Civil Veterinary Department Bihar & Orissa reports 1911-21 - 1911-1921
Year: 1911
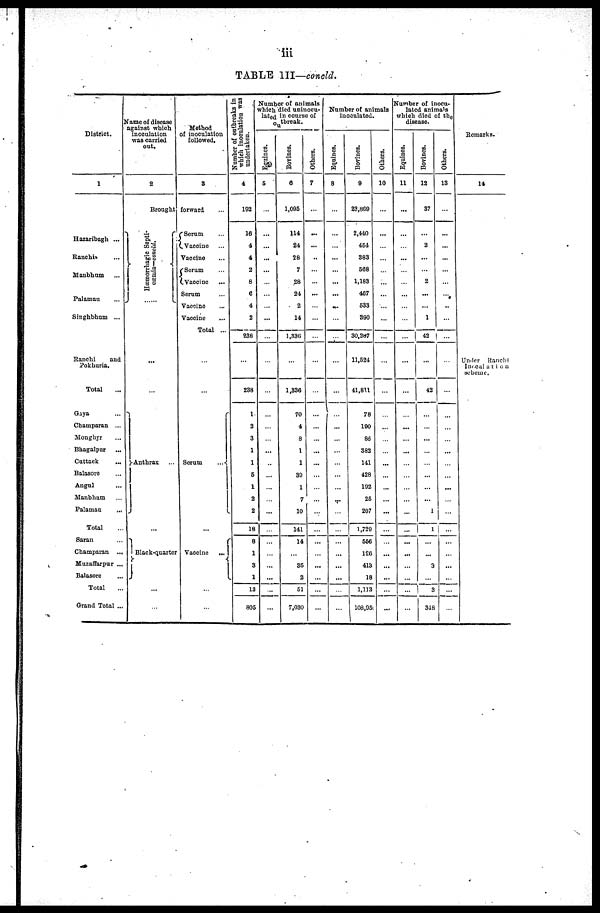
iii
TABLE III—concld.
District.
1
Hazaribagh ...
Ranchi»
Manbhum ...
Palaman ...
Singhbhum ...
Ranchi
and
Pokhuria.
Total ...
Gaya ...
Champaran ...
Monghyr ...
Bhagalpur ...
Cattack ...
Balasoroe ...
Angul ...
Manbhum ...
Palaman ...
Total ...
Saran ...
Champaran
...
Muzaffarpur ...
Balasore ...
Total ...
Grand Total ...
Name of disease
against which
inoculation
was carried
out.
2
Brought
Hæmorrhagic Septi-
.....
...
Anthrax ...
...
Black-quarter
...
...
Method
of inoculation
followed.
3
forward
Serum...
Vaccine ...
Vaccine ...
Serum ...
Vaccine ...
Vaccine ...
Vaccine
...
Serum
...
...
Vaccine
...
...
...
Number of outbreaks in
which inoculation was
undertaken.
4
192
16
4
4
9
8
6
4
2
238
...
238
1
2
3
1
1
6
1
2
2
18
8
1
3
1
13
805
Numb
which
lated
Equines.
5
...
...
...
...
...
...
...
...
...
...
...
...
...
...
...
...
...
...
...
...
...
...
...
...
...
...
...
...
or of ani
died un
in cours
tbreak.
Bovines.
6
1,095
114
24
28
7
28
24
2
14
1,336
...
1,330
70
4
8
1
1
30
1
7
10
141
14
...
35
2
51
7,030
mals
ocu-
e of
Others.
7
...
...
...
...
...
...
...
...
...
...
...
...
...
...
...
...
...
...
...
...
...
...
...
...
...
...
...
...
...
Number
in
Equines.
8
...
...
...
...
...
...
...
...
...
...
...
...
...
...
...
...
...
...
...
...
...
...
...
...
...
...
...
...
...
of
an
oculated
|
Bovines.
9
23,869
2,440
461
383
568
1,183
407
533
390
30,287
11,524
41,811
78
100
86
382
141
|
428
192
25
207
1,729
566
126
413
18
1,113
108,95
mals
Others.
10
...
...
...
...
...
...
...
...
...
...
...
...
...
...
...
...
...
...
...
...
...
...
...
...
...
...
...
...
...
...
Number
lated
which
Equines.
11
...
...
...
...
...
...
...
...
...
...
...
...
...
...
...
...
...
...
...
...
...
...
...
...
...
...
...
...
...
...
r of it
ed ani
died
ease.
Bovines.
12
37
...
2
...
...
... 2
...
...
...
1
42
...
42
...
...
...
...
...
...
...
...
...
1
...
...
3
...
3
318
inocu-
animals
of the
Others.
13
...
...
...
...
...
...
...
...
..
...
...
...
...
...
...
...
...
...
...
...
...
...
...
...
...
...
...
...
...
Remarks.
14
Under Banchi
Inocalation
seheme.